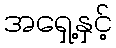
အရှေ့နှင့်